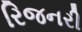
રિજનરી